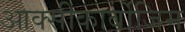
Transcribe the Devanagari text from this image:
आक्‍सीकार्बोजिम